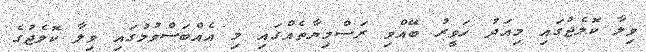
ވިލާ ކޮލެޖުގައި މިއަދު ހަވީރު ބޭއްވި ރަސްމިޔާތެއްގައި މި އެއްބަސްވުމުގައި ވިލާ ކޮލެޖުގެ